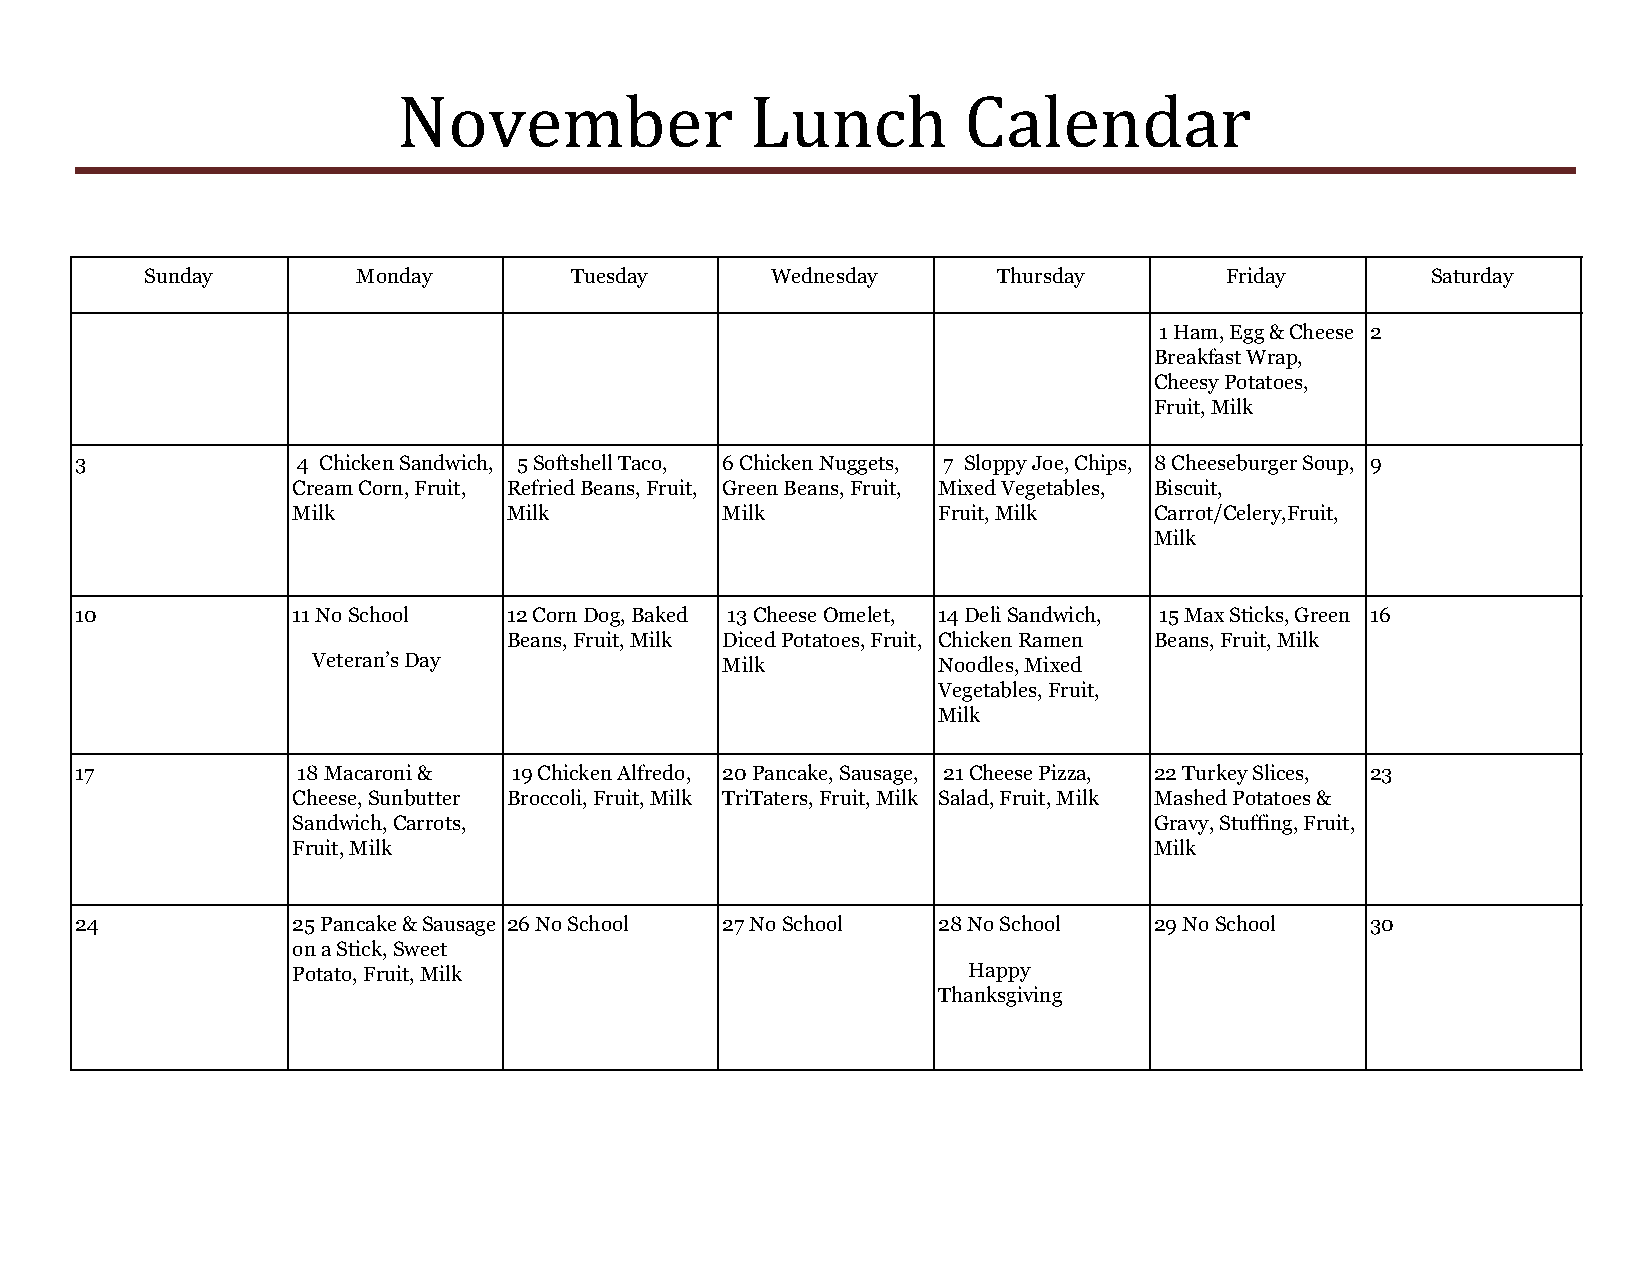
November                Lunch         Calendar
 Sunday        Monday        Tuesday      Wednesday      Thursday       Friday        Saturday
 1 Ham, Egg & Cheese 2
 Breakfast Wrap,
 Cheesy Potatoes,
 Fruit, Milk
 3              4 Chicken Sandwich, 5 Softshell Taco, 6 Chicken Nuggets, 7 Sloppy Joe, Chips, 8 Cheeseburger Soup, 9
 Cream Corn, Fruit, Refried Beans, Fruit, Green Beans, Fruit, Mixed Vegetables, Biscuit,
 Milk           Milk          Milk          Fruit, Milk   Carrot/Celery,Fruit,
 Milk
 10            11 No School   12 Corn Dog, Baked 13 Cheese Omelet, 14 Deli Sandwich, 15 Max Sticks, Green 16
 Beans, Fruit, Milk Diced Potatoes, Fruit, Chicken Ramen Beans, Fruit, Milk
 Veteran’s Day              Milk          Noodles, Mixed
 Vegetables, Fruit,
 Milk
 17             18 Macaroni & 19 Chicken Alfredo, 20 Pancake, Sausage, 21 Cheese Pizza, 22 Turkey Slices, 23
 Cheese, Sunbutter Broccoli, Fruit, Milk TriTaters, Fruit, Milk Salad, Fruit, Milk Mashed Potatoes &
 Sandwich, Carrots,                                       Gravy, Stuffing, Fruit,
 Fruit, Milk                                              Milk
 24            25 Pancake & Sausage 26 No School 27 No School 28 No School 29 No School 30
 on a Stick, Sweet
 Potato, Fruit, Milk                          Happy
 Thanksgiving